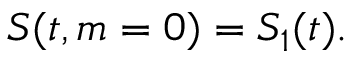
\begin{array} { r } { S ( t , m = 0 ) = S _ { 1 } ( t ) . } \end{array}